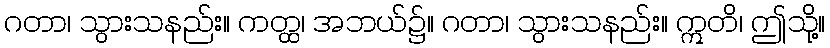
ဂတာ၊ သွားသနည်း။ ကတ္ထ၊ အဘယ်၌။ ဂတာ၊ သွားသနည်း။ ဣတိ၊ ဤသို့။